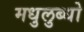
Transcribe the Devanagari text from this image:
मधुलुब्धो